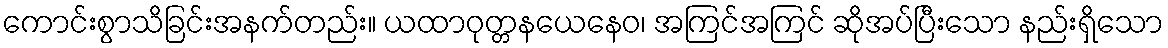
ကောင်းစွာသိခြင်းအနက်တည်း။ ယထာဝုတ္တနယေနေဝ၊ အကြင်အကြင် ဆိုအပ်ပြီးသော နည်းရှိသော